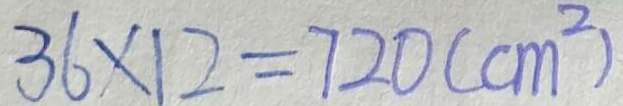
3 6 \times 1 2 = 7 2 0 ( c m ^ { 2 } )